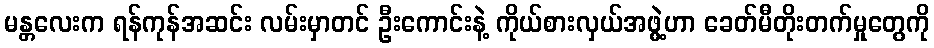
မန္တလေးက ရန်ကုန်အဆင်း လမ်းမှာတင် ဦးကောင်းနဲ့ ကိုယ်စားလှယ်အဖွဲ့ဟာ ခေတ်မီတိုးတက်မှုတွေကို